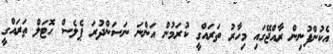
އެކުންފުނިން ރާއްޖޭގަައި މިހާރު ތަރައްގީ ކުރަމުން އަންނަ ނަސަންދުރަ ޕެލެސް ހޮޓަލް ތަރައްގީ